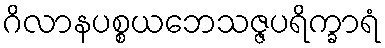
ဂိလာနပစ္စယဘေသဇ္ဇပရိက္ခာရံ